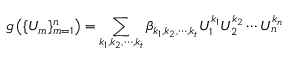
g \left( \{ U _ { m } \} _ { m = 1 } ^ { n } \right) = \sum _ { k _ { 1 } , k _ { 2 } , \cdots , k _ { t } } \beta _ { k _ { 1 } , k _ { 2 } , \cdots , k _ { t } } U _ { 1 } ^ { k _ { 1 } } U _ { 2 } ^ { k _ { 2 } } \cdots U _ { n } ^ { k _ { n } }